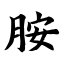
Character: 胺